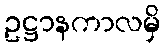
ဥဋ္ဌာနကာလမှိ